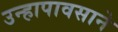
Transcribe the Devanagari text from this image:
उन्हापावसाने